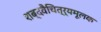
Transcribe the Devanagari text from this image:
शब्दवैचित्र्यमूलक